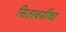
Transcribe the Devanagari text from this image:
सिताबर्डीचा